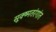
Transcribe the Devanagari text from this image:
सूक्ष्मतरंगांत